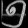
Digit: ၅